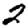
Digit: 2